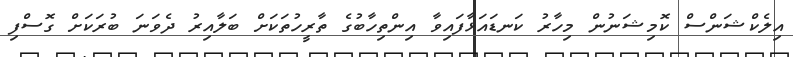
އިލެކްޝަންސް ކޮމިޝަނުން މިހާރު ކަނޑައަޅާފައިވާ އިންތިހާބުގެ ތާރީހުތަކަށް ބަލާއިރު ދެވަނަ ބުރަކަށް ގޮސްފި